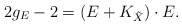
\begin{align*}2g_{E}-2=(E+K_{\tilde{X}})\cdot E.\end{align*}